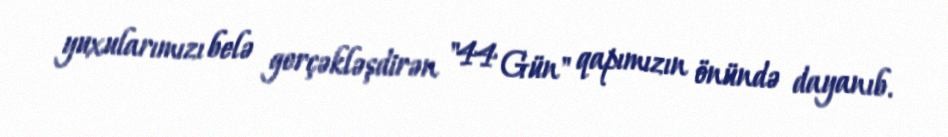
yuxularımızı belə gerçəkləşdirən "44 Gün" qapımızın önündə dayanıb.